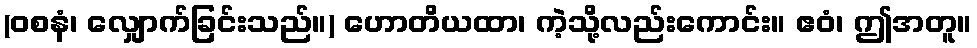
(ဝစနံ၊ လျှောက်ခြင်းသည်။) ဟောတိယထာ၊ ကဲ့သို့လည်းကောင်း။ ဧဝံ၊ ဤအတူ။